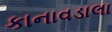
કાનાવડાલા